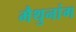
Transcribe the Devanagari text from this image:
मैथुनांग